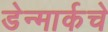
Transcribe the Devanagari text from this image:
डेन्मार्कचे